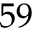
5 9